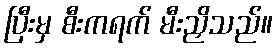
ပြီးမှ စီးကရက် မီးညှိသည်။